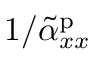
1 / \tilde { \alpha } _ { x x } ^ { \mathrm { p } }